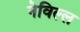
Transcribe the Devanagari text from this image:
नेविल्ल